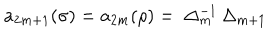
LaTeX: a _ { 2 m + 1 } ( \sigma ) = a _ { 2 m } ( \rho ) = \ \Delta _ { m } ^ { - 1 } \, \Delta _ { m + 1 }